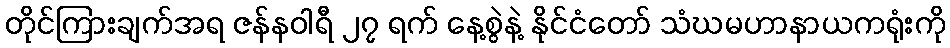
တိုင်ကြားချက်အရ ဇန်နဝါရီ ၂၇ ရက် နေ့စွဲနဲ့ နိုင်ငံတော် သံဃမဟာနာယကရုံးကို